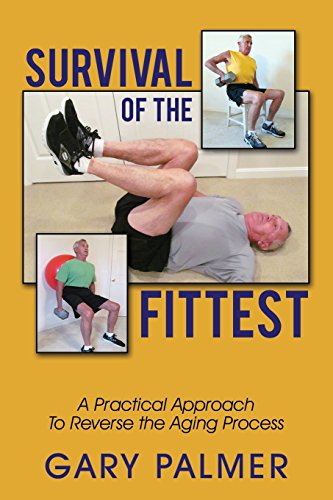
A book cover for Survival of the Fittest: A Practical Approach to Reverse the Aging Process; Gary Palmer; Health, Fitness & Dieting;